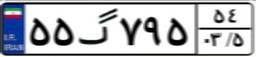
۵۵گ۷۹۵۵۴